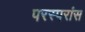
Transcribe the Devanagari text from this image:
परस्परांस